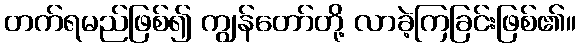
တက်ရမည်ဖြစ်၍ ကျွန်တော်တို့ လာခဲ့ကြခြင်းဖြစ်၏။